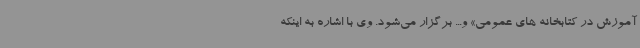
آموزش در کتابخانه های عمومی» و... برگزار می‌شود. وی با اشاره به اینکه